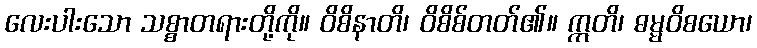
လေးပါးသော သစ္စာတရားတို့ကို။ ဝိစိနာတိ၊ ဝိစိစ်တတ်၏။ ဣတိ၊ ဓမ္မဝိစယော၊